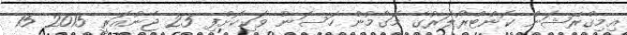
އިމިގްރޭޝަން ކޮންޓްރޯލަރުގެ މަގާމުން ހަސަން ވަކިކޮށްފި 25 ޖެނުއަރީ 2015 15